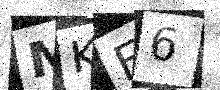
Text: MKF6